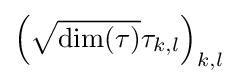
\left({\sqrt {\dim(\tau )}}\tau _{k,l}\right)_{k,l}